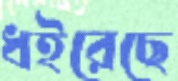
ধইরেছে